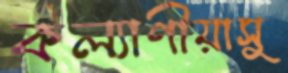
কল্যাণীয়াসু